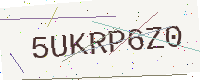
Text: 5UKRP6Z0